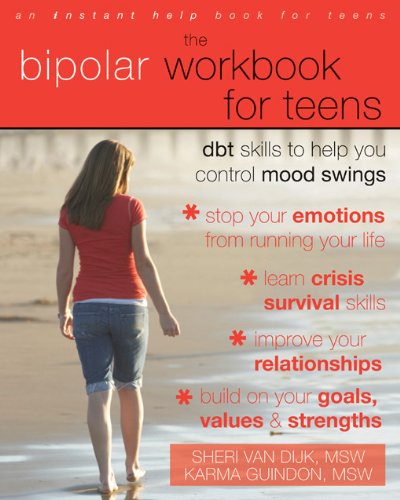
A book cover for The Bipolar Workbook for Teens: DBT Skills to Help You Control Mood Swings; Sheri Van Dijk; Health, Fitness & Dieting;